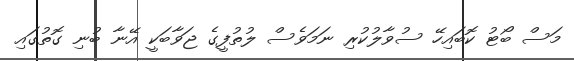
މަސް ބޯޓު ކޮބައިހޭ ސުވާލުކުރި ނަމަވެސް ލުތުފީގެ ޖަވާބަކީ އޭނާ ބުނި ގޮތުގައި